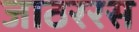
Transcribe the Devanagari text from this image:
जाठररस